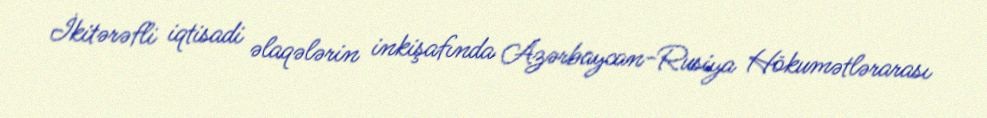
İkitərəfli iqtisadi əlaqələrin inkişafında Azərbaycan-Rusiya Hökumətlərarası